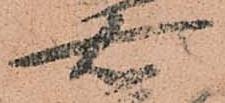
右